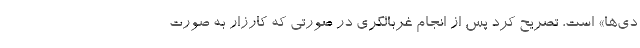
دی‌ها» است، تصریح کرد پس از انجام غربالگری در صورتی که کارزار به صورت